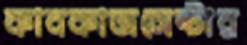
কাবকাজসেন্টার